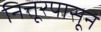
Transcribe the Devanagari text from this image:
नित्तूरपासून